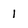
Character: l